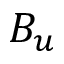
B _ { u }